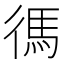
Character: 𫹞